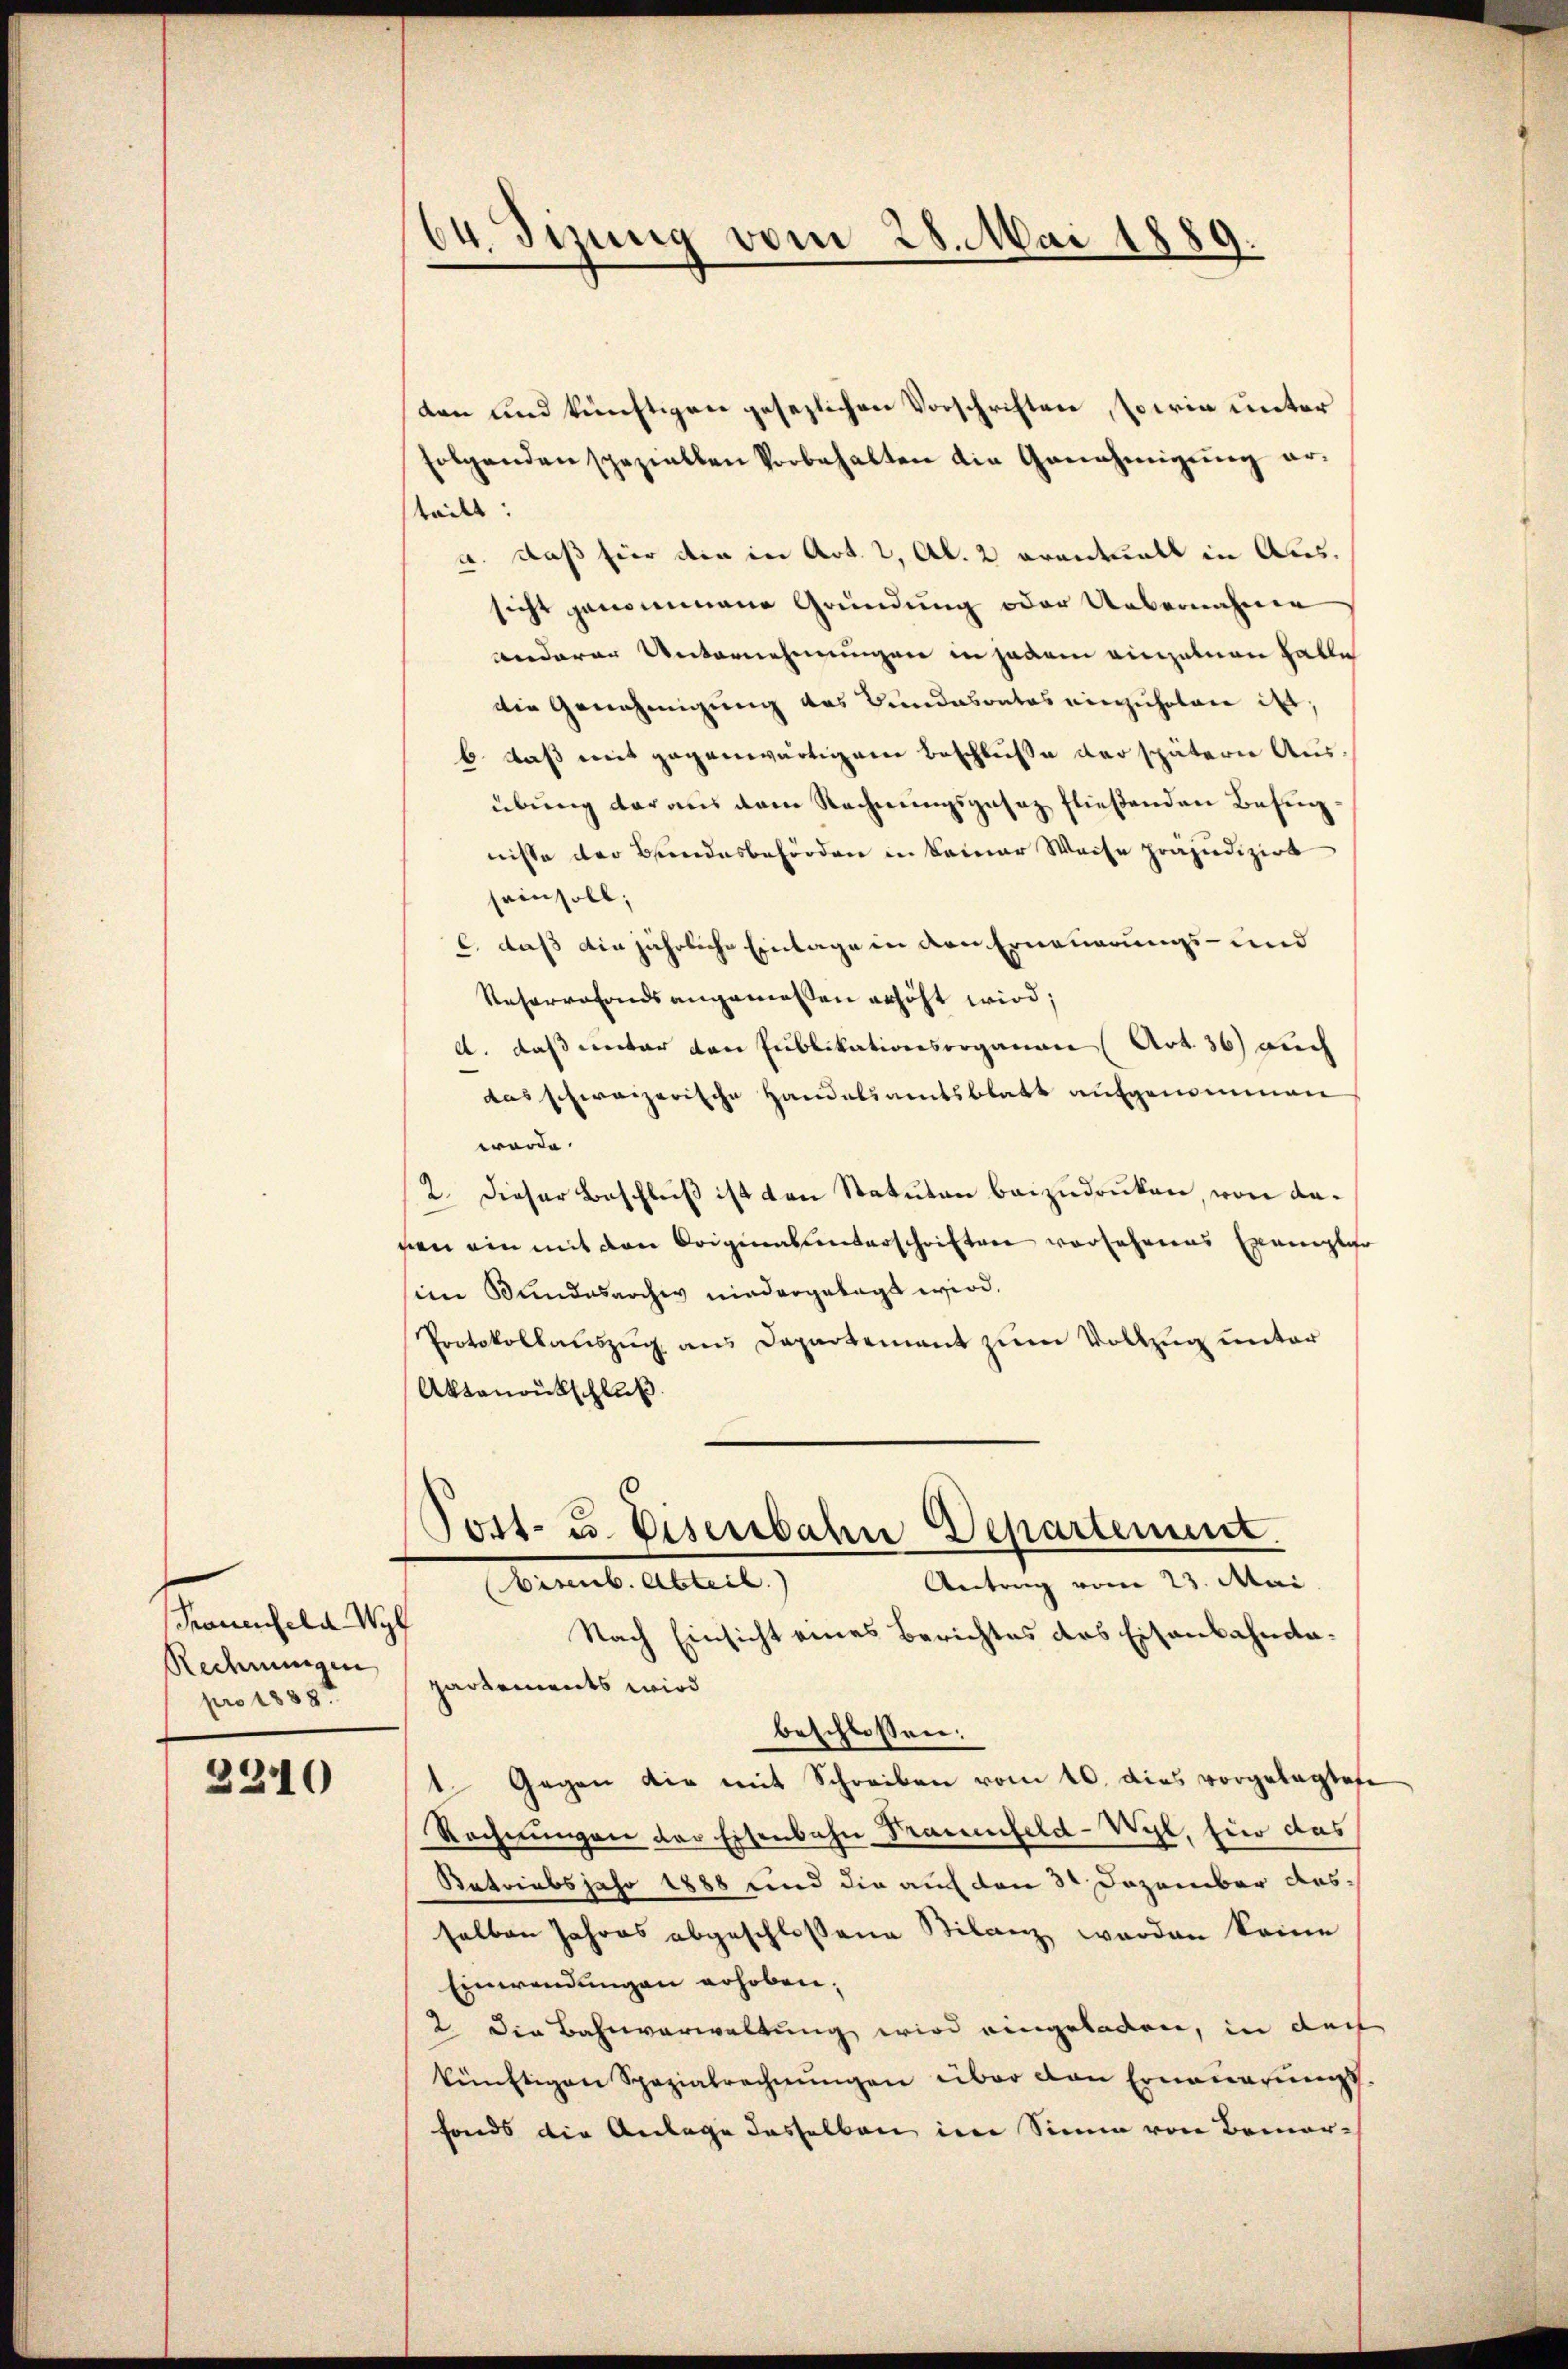
Trauenfeld Wyf
Rechnungen
pro 1858.

3240

64. Jizung vom 28. Mai 1889

den und künftigen gesezlichen Vorschriften, sowie unter
folgenden speziellen Vorbehalten die Genehmigŭng er-
teilt:
a. Daß hier die in Art. 2, Al. 2 eventuell in Aussicht genommene Gründung oder Uebernahmen
anderer Unternehmungen in jedem einzelnen Halle
die Genehmigung des Bundesrates einzuholen ist;
b. daß mit gegenwärtigem Beschluße der spätern Ausübung daraus dem Rechnungsgesaz fließenden Befugnisse der Bundesbehörden in keiner Weise präjudizirt
sein soll;
c. daß die jährliche Einlage in den Erneuerungs- und
Reharrofonds angemessen erhöht wird;
A. daß unter den Publikationsroganau (Art. 36) auch
das schweizerische Handelsamtsblatt aufgenommen
werde.
2. Dieser Beschluß ist den Statuten beizudrüken, von daven ein mit den Originalunterschriften versehenes Exemplar
sien Bundesarchiv niedergelegt wird.
Protokollauszug aus Departement zum Vollzug unter
Aktenantschluß
Post- u. Eisenbahn Departement.
Bisenb. Abteil.
Antrag vom 23. Mai.
Nach Einsicht eines Berichtes des Eisenbahndapartements wird
beschlossen:
1. Gegen die mit Schreiben vom 10. dies vorgelegtes
Rechnungen der Eisenbahn Frauenfeld-Wyl, hier das
Ratriabs jahr 1888 und die auf den 3 Dezember dasselben Jahres abgeschlossene Stilanz werden keine
Einwendungen erhoben.
2. Die Bahnverwaltung wird eingeladen, in doch
künftigen Spezialrechnungen über den Erneuerungsfonds die Anlage dasselben im Sinne von Bemer-